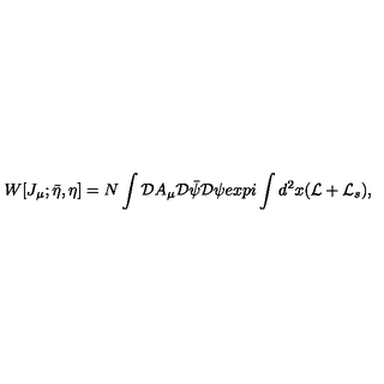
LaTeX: W [ J _ { \mu } ; \bar { \eta } , \eta ] = N \int { \cal D } A _ { \mu } { \cal D } \bar { \psi } { \cal D } \psi e x p i \int d ^ { 2 } x ( { \cal L } + { \cal L } _ { s } ) ,